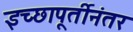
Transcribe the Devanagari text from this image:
इच्छापूर्तीनंतर